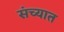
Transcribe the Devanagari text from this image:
संच्यात